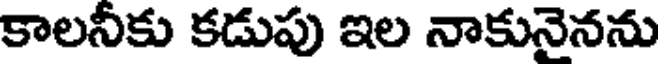
కాలనీకు కడుపు ఇల నాకునైనను